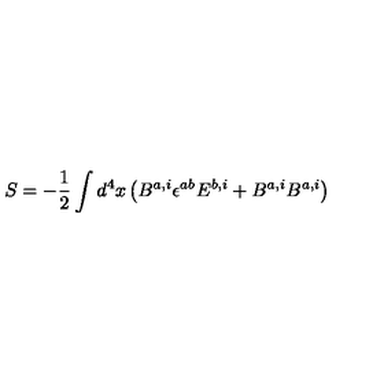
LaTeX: S = - { \frac { 1 } { 2 } } \int d ^ { 4 } x \left( B ^ { a , i } \epsilon ^ { a b } E ^ { b , i } + B ^ { a , i } B ^ { a , i } \right)